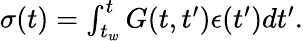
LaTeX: \begin{array}{r}{\sigma(t)=\int_{t_{w}}^{t}G(t,t^{\prime}){\epsilon}(t^{\prime})dt^{\prime}.}\end{array}